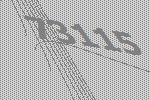
73115